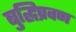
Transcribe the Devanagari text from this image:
बुद्धिप्रवण